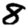
Digit: 8